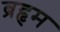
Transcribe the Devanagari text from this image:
ब्रहृम